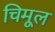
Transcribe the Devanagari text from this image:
चिमूल